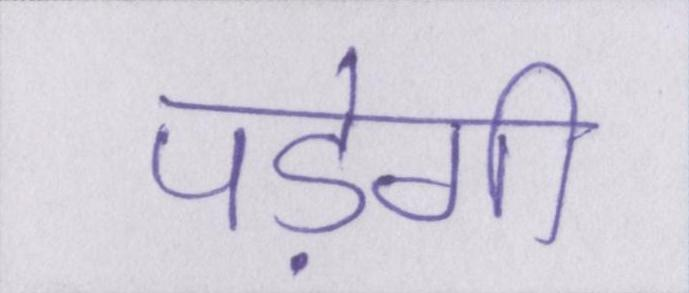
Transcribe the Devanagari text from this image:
पड़ेगी